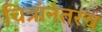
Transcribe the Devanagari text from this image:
चित्रांनंतरच